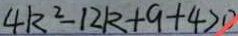
4 k ^ { 2 } - 1 2 k + 9 + 4 > 0